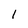
Character: 1